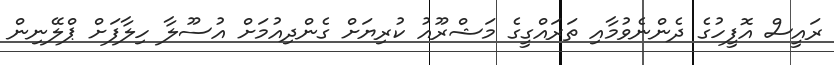
ރައީސް އޮފީހުގެ ދެންނެވުމާއި ތަރައްގީގެ މަޝްރޫއު ކުރިޔަށް ގެންދިއުމަށް އުސޫލާ ހިލާފަށް ޕްލޭނިން